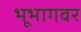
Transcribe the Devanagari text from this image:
भूभागवर